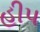
હીપ